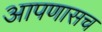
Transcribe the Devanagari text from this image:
आपणासच